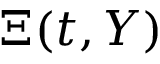
\Xi ( t , Y )